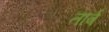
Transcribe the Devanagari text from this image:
तार्ब